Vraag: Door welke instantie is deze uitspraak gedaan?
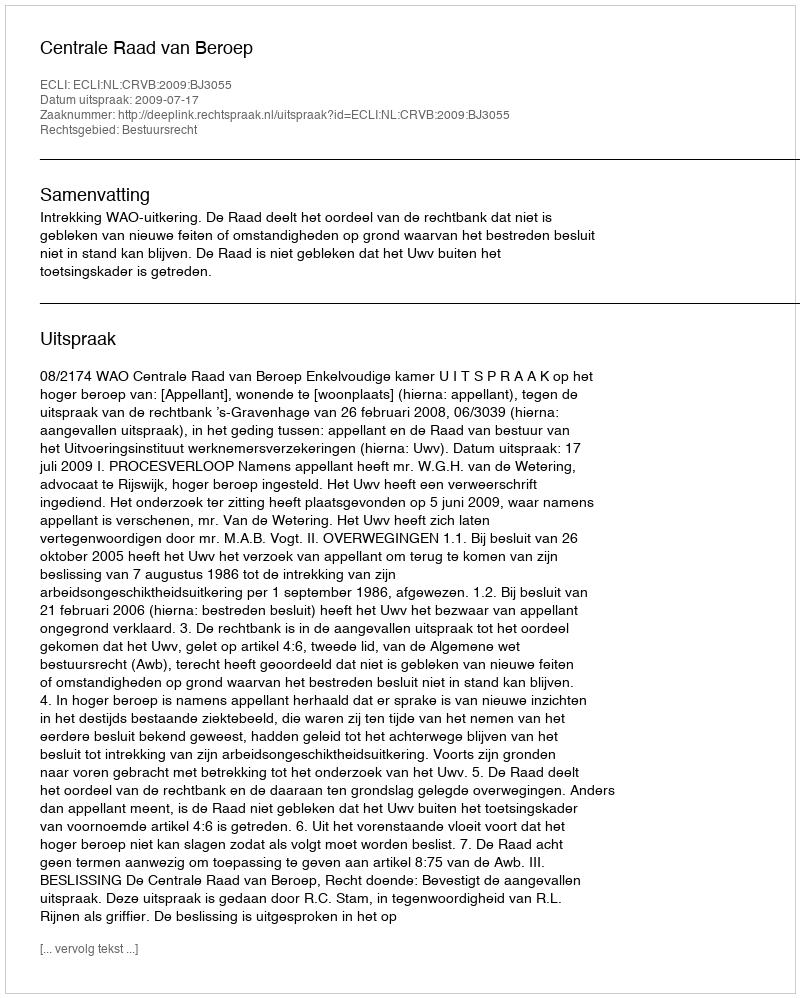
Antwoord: Centrale Raad van Beroep